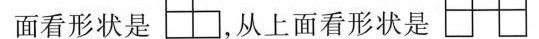
面看形状是，从上面看形状是